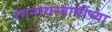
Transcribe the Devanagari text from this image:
रंगनाथस्वामींच्या